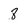
Character: 8